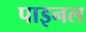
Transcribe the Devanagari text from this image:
पाइनल